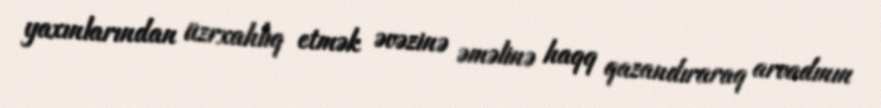
yaxınlarından üzrxahlıq etmək əvəzinə əməlinə haqq qazandıraraq arvadının